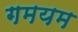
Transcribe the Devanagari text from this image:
गमयम